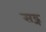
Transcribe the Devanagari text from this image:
सद्न